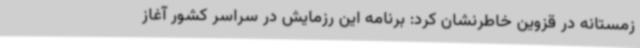
زمستانه در قزوین خاطرنشان کرد: برنامه این رزمایش در سراسر کشور آغاز